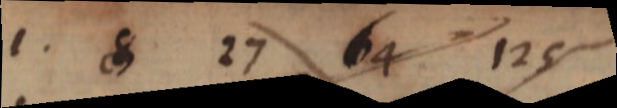
1. 8 27 64 125